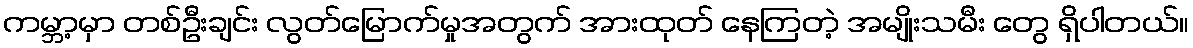
ကမ္ဘာ့မှာ တစ်ဦးချင်း လွတ်မြောက်မှုအတွက် အားထုတ် နေကြတဲ့ အမျိုးသမီး တွေ ရှိပါတယ်။